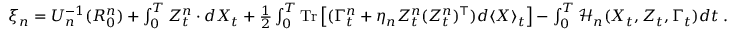
\begin{array} { r } { \xi _ { n } = U _ { n } ^ { - 1 } ( R _ { 0 } ^ { n } ) + \int _ { 0 } ^ { T } Z _ { t } ^ { n } \cdot d X _ { t } + \frac 1 2 \int _ { 0 } ^ { T } \mathrm { T r } \left[ ( \Gamma _ { t } ^ { n } + \eta _ { n } Z _ { t } ^ { n } ( Z _ { t } ^ { n } ) ^ { \top } ) d \langle X \rangle _ { t } \right] - \int _ { 0 } ^ { T } \mathcal { H } _ { n } ( X _ { t } , Z _ { t } , \Gamma _ { t } ) d t \; . } \end{array}